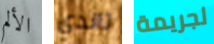
الألم تاندي لجريمة